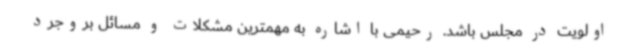
اولویت در مجلس باشد. رحیمی با اشاره به مهمترین مشکلات و مسائل بروجرد